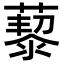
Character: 𦾅